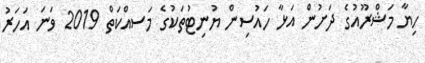
ހިޔާ މަޝްރޫއުގެ ދަށުން އަޅާ ހައުސިން ޔުނިޓުތަކުގެ މަސއްކަތް 2019 ވަނަ އަހަރު